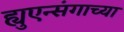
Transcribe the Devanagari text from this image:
ह्युएन्संगाच्या